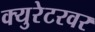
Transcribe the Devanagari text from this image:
क्युरेटरवर